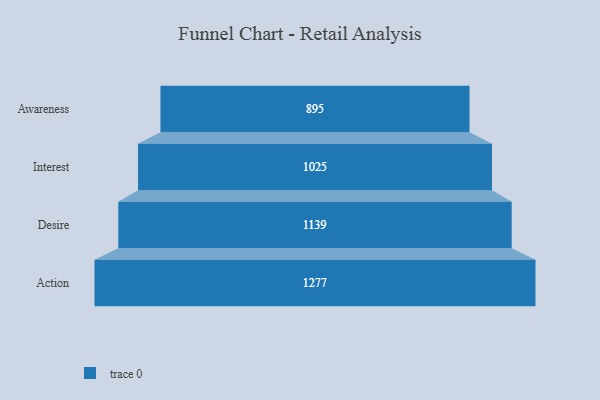
{"axis": {"x": "Stage", "y": "Value"}, "legend": [""], "data": [{"x": "Awareness", "y": 895.0, "type": ""}, {"x": "Interest", "y": 1025.0, "type": ""}, {"x": "Desire", "y": 1139.0, "type": ""}, {"x": "Action", "y": 1277.0, "type": ""}]}